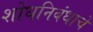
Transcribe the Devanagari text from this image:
शोधनिबंधाचे